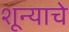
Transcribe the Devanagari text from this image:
शून्याचे